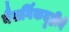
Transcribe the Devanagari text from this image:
नैसर्गिकदृष्टीने